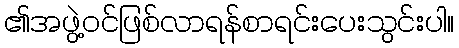
၏အဖွဲ့ဝင်ဖြစ်လာရန်စာရင်းပေးသွင်းပါ။